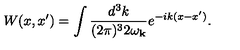
W ( x , x ^ { \prime } ) = \int \frac { d ^ { 3 } k } { ( 2 \pi ) ^ { 3 } 2 \omega _ { { \bf k } } } e ^ { - i k ( x - x ^ { \prime } ) } .